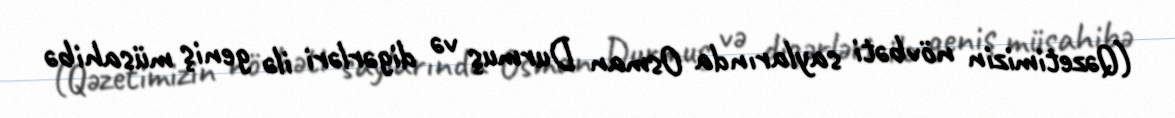
(Qəzetimizin növbəti saylarında Osman Durmuş və digərləri ilə geniş müsahibə